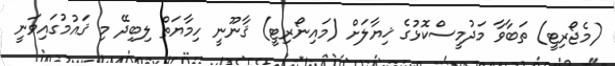
(މެޖޯރިޓީ) ތަބާވާ މަދުމީސްކޮޅުގެ ޚިޔާލަށް (މައިނޯރިޓީ) ޤާނޫނީ ހިމާޔަތް ލިބިދޭ މި ޤައުމުގައިވަނީ